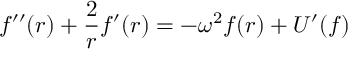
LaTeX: f ^ { \prime \prime } ( r ) + \frac { 2 } { r } f ^ { \prime } ( r ) = - \omega ^ { 2 } f ( r ) + U ^ { \prime } ( f )